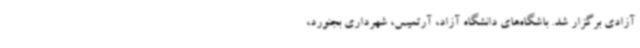
آزادی برگزار شد. باشگاه‌های دانشگاه آزاد، آرتمیس، شهرداری بجنورد،